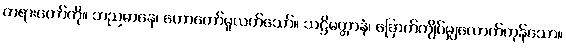
တရားတော်ကို။ ဘညမာနေ၊ ဟောတော်မူလတ်သော်။ သဋ္ဌိမတ္တာနံ၊ ခြောက်ကျိပ်မျှလောက်ကုန်သော။